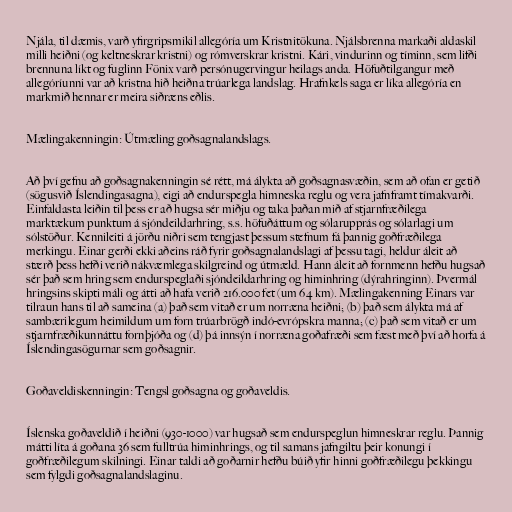
Njála, til dæmis, varð yfirgripsmikil allegóría um Kristnitökuna. Njálsbrenna markaði aldaskil
milli heiðni (og keltneskrar kristni) og rómverskrar kristni. Kári, vindurinn og tíminn, sem lifði
brennuna líkt og fuglinn Fönix varð persónugervingur heilags anda. Höfuðtilgangur með
allegóríunni var að kristna hið heiðna trúarlega landslag. Hrafnkels saga er líka allegóría en
markmið hennar er meira siðræns eðlis.

Mælingakenningin: Útmæling goðsagnalandslags.

Að því gefnu að goðsagnakenningin sé rétt, má álykta að goðsagnasvæðin, sem að ofan er getið
(sögusvið Íslendingasagna), eigi að endurspegla himneska reglu og vera jafnframt tímakvarði.
Einfaldasta leiðin til þess er að hugsa sér miðju og taka þaðan mið af stjarnfræðilega
marktækum punktum á sjóndeildarhring, s.s. höfuðáttum og sólarupprás og sólarlagi um
sólstöður. Kennileiti á jörðu niðri sem tengjast þessum stefnum fá þannig goðfræðilega
merkingu. Einar gerði ekki aðeins ráð fyrir goðsagnalandslagi af þessu tagi, heldur áleit að
stærð þess hefði verið nákvæmlega skilgreind og útmæld. Hann áleit að fornmenn hefðu hugsað
sér það sem hring sem endurspeglaði sjóndeildarhring og himinhring (dýrahringinn). Þvermál
hringsins skipti máli og átti að hafa verið 216.000 fet (um 64 km). Mælingakenning Einars var
tilraun hans til að sameina (a) það sem vitað er um norræna heiðni; (b) það sem álykta má af
sambærilegum heimildum um forn trúarbrögð indó-evrópskra manna; (c) það sem vitað er um
stjarnfræðikunnáttu fornþjóða og (d) þá innsýn í norræna goðafræði sem fæst með því að horfa á
Íslendingasögurnar sem goðsagnir.

Goðaveldiskenningin: Tengsl goðsagna og goðaveldis.

Íslenska goðaveldið í heiðni (930-1000) var hugsað sem endurspeglun himneskrar reglu. Þannig
mátti líta á goðana 36 sem fulltrúa himinhrings, og til samans jafngiltu þeir konungi í
goðfræðilegum skilningi. Einar taldi að goðarnir hefðu búið yfir hinni goðfræðilegu þekkingu
sem fylgdi goðsagnalandslaginu.